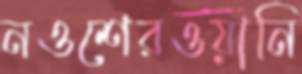
নওশেরওয়ানি